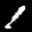
Label: 1